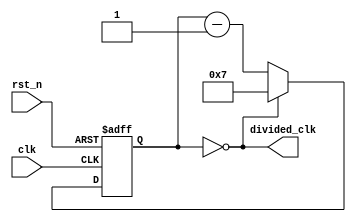
module clock_divider(
    input wire clk,
    input wire rst_n,
    output wire divided_clk
);

reg [7:0] count;
reg [7:0] next_count;

always @(posedge clk or negedge rst_n) begin
    if (~rst_n) begin
        count <= 8'b0;
    end else begin
        count <= next_count;
    end
end

always @(*) begin
    if (count == 8'd0) begin
        next_count = 8'd7;
    end else begin
        next_count = count - 1;
    end
end

assign divided_clk = count == 8'd0;

endmodule